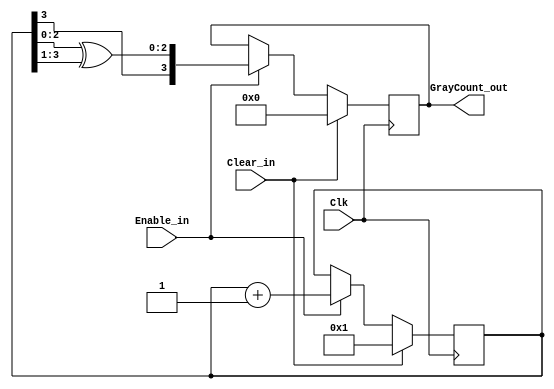
module GrayCounter_1
   #(parameter   COUNTER_WIDTH = 4)
    (output reg  [COUNTER_WIDTH-1:0]    GrayCount_out,  
     input wire                         Enable_in,  
     input wire                         Clear_in,   
     input wire                         Clk);
    reg    [COUNTER_WIDTH-1:0]         BinaryCount;
    always @ (posedge Clk)
        if (Clear_in) begin
            BinaryCount   <= {COUNTER_WIDTH{1'b 0}} + 1;  
            GrayCount_out <= {COUNTER_WIDTH{1'b 0}};      
        end
        else if (Enable_in) begin
            BinaryCount   <= BinaryCount + 1;
            GrayCount_out <= {BinaryCount[COUNTER_WIDTH-1],
                              BinaryCount[COUNTER_WIDTH-2:0] ^ BinaryCount[COUNTER_WIDTH-1:1]};
        end
endmodule